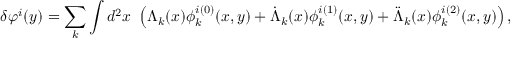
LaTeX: \delta \varphi ^ { i } ( y ) = \sum _ { k } \int d ^ { 2 } x \ \left( \Lambda _ { k } ( x ) \phi _ { k } ^ { i ( 0 ) } ( x , y ) + \dot { \Lambda } _ { k } ( x ) \phi _ { k } ^ { i ( 1 ) } ( x , y ) + \ddot { \Lambda } _ { k } ( x ) \phi _ { k } ^ { i ( 2 ) } ( x , y ) \right) ,